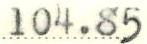
104.85